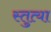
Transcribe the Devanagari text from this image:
स्तुत्या